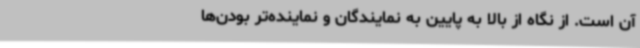
آن است. از نگاه از بالا به پایین به نمایندگان و نماینده‌تر بودن‌ها